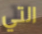
التي